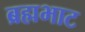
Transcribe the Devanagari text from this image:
ब्रह्मभाट